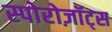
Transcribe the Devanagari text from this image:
स्पोरोज़ॉट्स